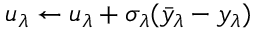
u _ { \lambda } \leftarrow u _ { \lambda } + \sigma _ { \lambda } ( \bar { y } _ { \lambda } - y _ { \lambda } )